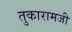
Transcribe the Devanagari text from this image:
तुकारामजी